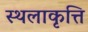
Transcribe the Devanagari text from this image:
स्थलाकृत्ति